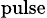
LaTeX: _{\textrm{pulse}}